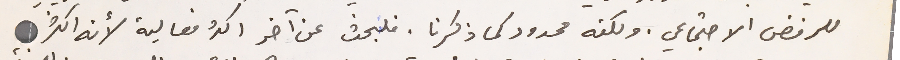
للرفض الاجتماعي. ولكنه محدود كما ذكرنا. فلبحث عن آخر اكثر فعالية لأنه اكثر